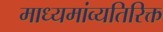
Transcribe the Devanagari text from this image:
माध्यमांव्यतिरिक्त